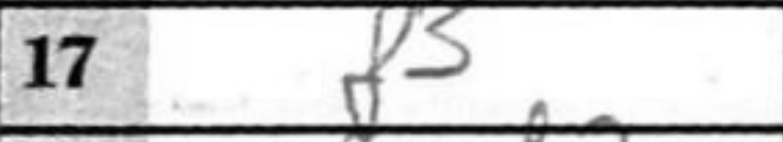
Transcription: f3